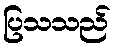
ပြသသည်